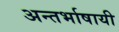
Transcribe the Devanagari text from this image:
अन्तर्भाषायी